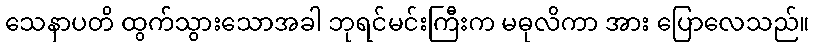
သေနာပတိ ထွက်သွားသောအခါ ဘုရင်မင်းကြီးက မဓုလိကာ အား ပြောလေသည်။